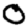
Digit: 0